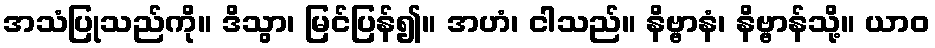
အသံပြုသည်ကို။ ဒိသွာ၊ မြင်ပြန်၍။ အဟံ၊ ငါသည်။ နိဗ္ဗာနံ၊ နိဗ္ဗာန်သို့။ ယာဝ